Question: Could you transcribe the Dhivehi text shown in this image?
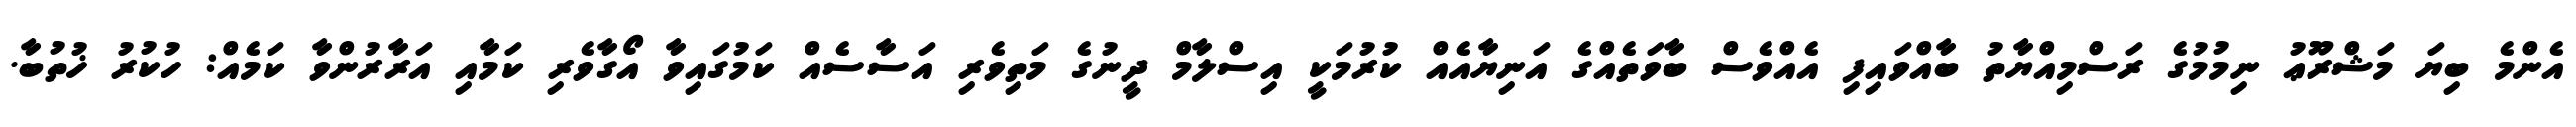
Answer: އެންމެ ބިޔަ މަޝްރޫޢު ނިމުމުގެ ރަސްމިއްޔާތު ބާއްވައިފި އެއްވެސް ބާވަތެއްގެ އަނިޔާއެއް ކުރުމަކީ އިސްލާމް ދީނުގެ މަތިވެރި އަސާސެއް ކަމުގައިވާ އޯގާވެރި ކަމާއި އަރާރުންވާ ކަމެއް: ހުކުރު ޚުތުބާ.